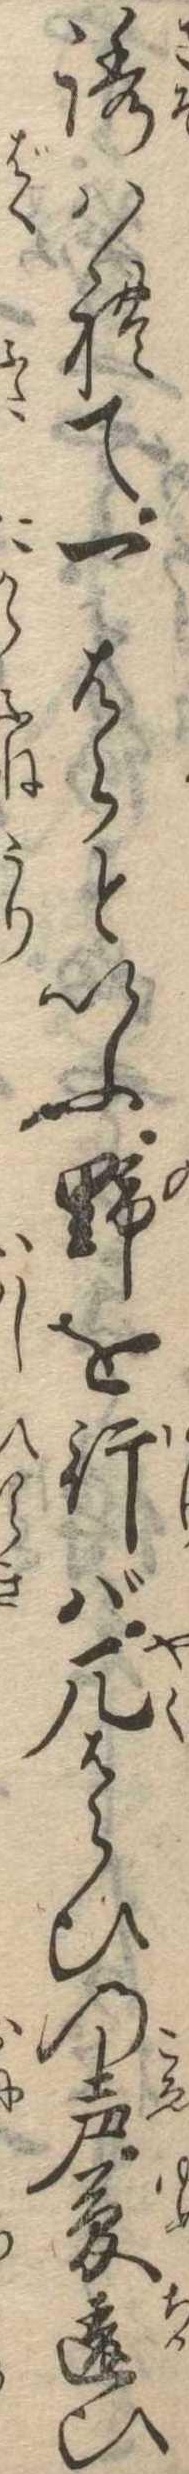
誘はれて一はらといふ野を行ば厄はらひの声夢違ひ